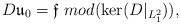
LaTeX: \begin{align*}D\mathfrak{u}_0=\mathfrak{f}\mbox{ }mod(\ker(D|_{L^2_1})),\end{align*}